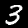
Label: 3